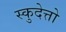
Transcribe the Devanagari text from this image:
स्कुदेत्तो